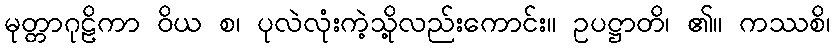
မုတ္တာဂုဠိကာ ဝိယ စ၊ ပုလဲလုံးကဲ့သို့လည်းကောင်း။ ဥပဋ္ဌာတိ၊ ၏။ ကဿစိ၊